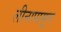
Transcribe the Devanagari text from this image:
लीनापासून